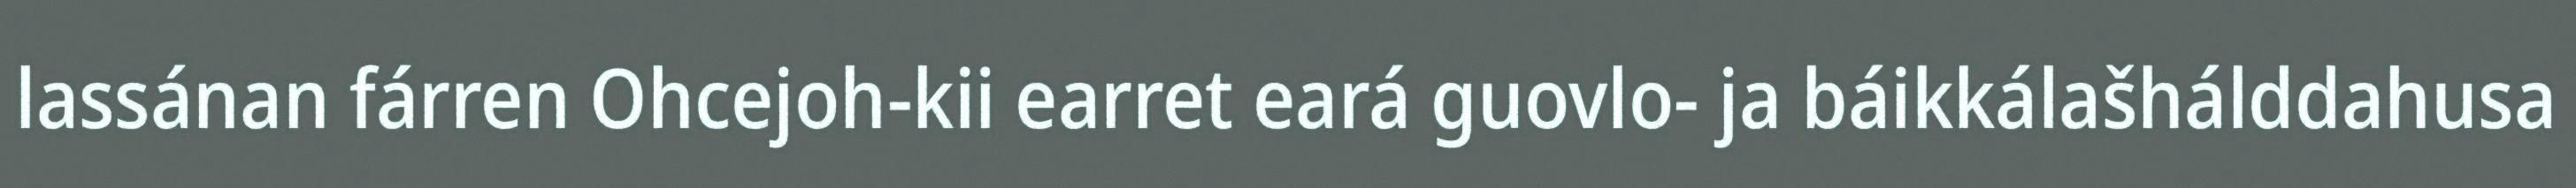
lassánan fárren Ohcejoh-kii earret eará guovlo- ja báikkálašhálddahusa